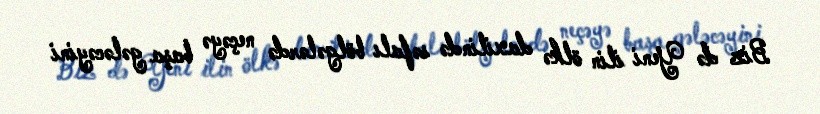
Biz də Yeni ilin ölkə daxilində səfalı bölgələrdə neçəyə başa gələcəyini